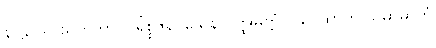
နာဠာယ သကဘာဝပရိစ္စဇနဝသေန ဝတ္ထုမတ္တံ ပါပေထာတိ သမာဓာတုံ